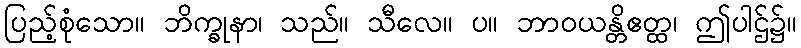
ပြည့်စုံသော။ ဘိက္ခုနာ၊ သည်။ သီလေ။ ပ။ ဘာဝယန္တိဧတ္ထ၊ ဤပါဌ်၌။